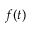
f ( t )